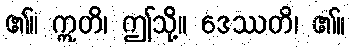
၏။ ဣတိ၊ ဤသို့။ ဒေဿတိ၊ ၏။